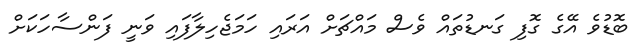
ބޮޑުވެ އޭގެ ގޮފި ގަނޑުތައް ވެސް މައްޗަށް އަރައި ހަމަޖެހިލާފައި ވަނީ ފަންސާހަކަށް